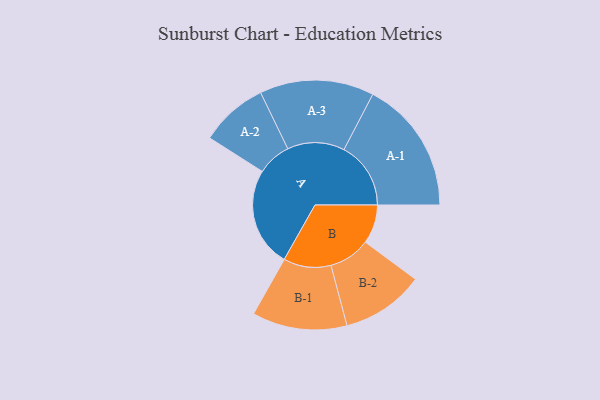
{"axis": {"x": "Segment", "y": "Value"}, "legend": ["", "A", "B"], "data": [{"x": "A", "y": 411, "type": ""}, {"x": "B", "y": 161, "type": ""}, {"x": "A-1", "y": 276, "type": "A"}, {"x": "A-2", "y": 140, "type": "A"}, {"x": "A-3", "y": 236, "type": "A"}, {"x": "B-1", "y": 196, "type": "B"}, {"x": "B-2", "y": 171, "type": "B"}]}